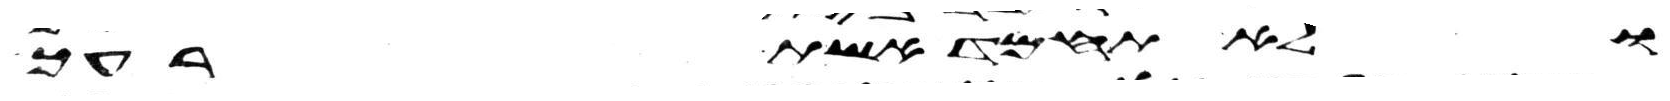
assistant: ולא תחמד אשת רעך